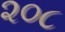
૨૦૮